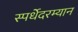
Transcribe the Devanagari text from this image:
स्पर्धेेदरम्यान